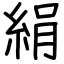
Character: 絹